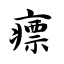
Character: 瘭